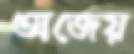
অজেয়